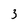
Character: 3